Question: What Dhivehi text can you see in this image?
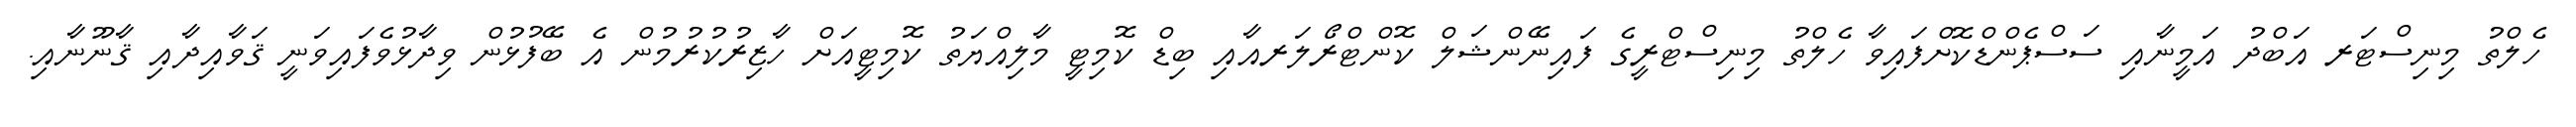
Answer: ހެލްތު މިނިސްޓަރ އަބްދު އަމީނާއި ސަސްޕެންޑްކޮށްފައިވާ ހެލްތު މިނިސްޓްރީގެ ފައިނޭންޝަލް ކޮންޓްރޯލަރއާއި ބިޑް ކޮމިޓީ މާލިއްޔަތު ކޮމިޓީއަށް ހާޒިރުކުރުމުން އެ ބޭފުޅުން ވިދާޅުވެފައިވަނީ ޤަވާއިދާއި ޤާނޫނާއި.